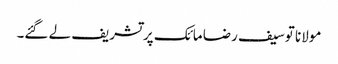
مولانا توسیف رضا مائک پر تشریف لے گئے۔